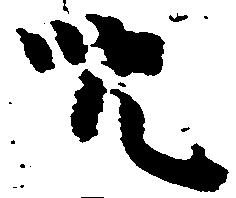
呪